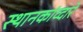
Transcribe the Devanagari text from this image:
स्थानकांव्दारे